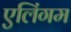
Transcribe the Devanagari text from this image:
एलिंगम